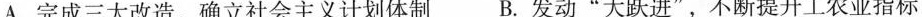
A.完成三大改造，确立社会主义计划体制 B.发动”大跃进”，不断提升工农业指标